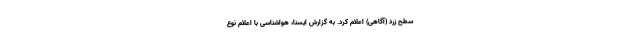
سطح زرد (آگاهی) اعلام کرد. به گزارش ایسنا، هواشناسی با اعلام نوع